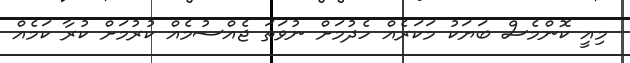
މިއީ ކޮންމެސް ބަޔަކު މަކަރެއް ހެދުމަށް ނުވަތަ ޖެއްސުމެއް ކުރުމަށް ކުރާ ކަމެއް